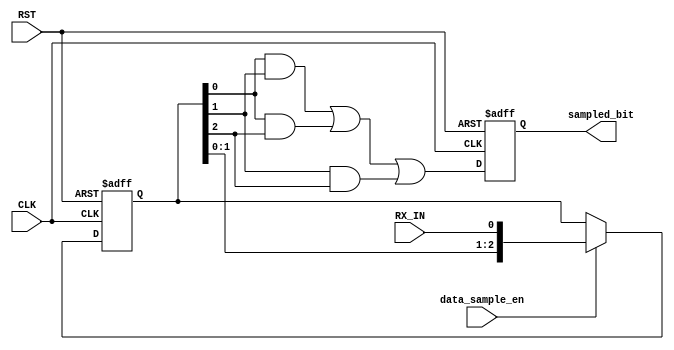
module data_sampler (input wire CLK,
                     input wire RST,
                     input wire data_sample_en,
                     input wire RX_IN,

                     output reg sampled_bit);
    
    reg [2:0] Samples_Reg;
    wire sampled_bit_comb;

    always @(posedge CLK or negedge RST) begin
        if(!RST)
            Samples_Reg <= 3'd0;
        else if (data_sample_en)
            Samples_Reg <= {Samples_Reg, RX_IN };
    end

    assign sampled_bit_comb = (Samples_Reg[0] & Samples_Reg[1]) || (Samples_Reg[0] & Samples_Reg[2]) || (Samples_Reg[1] & Samples_Reg[2]);

    always @(posedge CLK or negedge RST) begin
        if (!RST)
            sampled_bit <= 1'd0;
        else
            sampled_bit <= sampled_bit_comb;
    end
    
endmodule